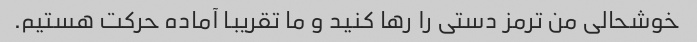
خوشحالی من ترمز دستی را رها کنید و ما تقریبا آماده حرکت هستیم.